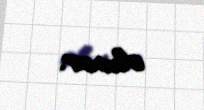
olunur.